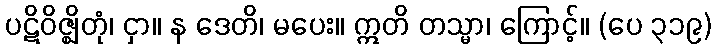
ပဋိဝိဇ္ဈိတုံ၊ ငှာ။ န ဒေတိ၊ မပေး။ ဣတိ တသ္မာ၊ ကြောင့်။ (ပေ ၃၁၉)